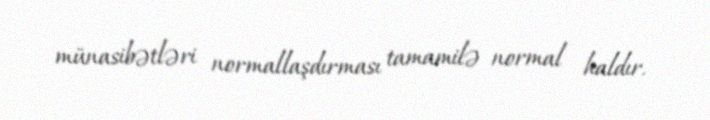
münasibətləri normallaşdırması tamamilə normal haldır.